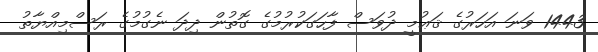
1443 ވަނަ އަހަރުގެ ޤަޢުމީ ދުވަސް ފާހަގަކުރުމުގެ ގޮތުން ދިދަ ނެގުމުގެ ރަސްމިއްޔާތު